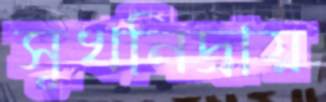
সুখনিদ্রায়